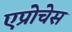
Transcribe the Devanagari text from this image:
एप्रोचेस